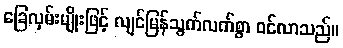
ခြေလှမ်းမျိုးဖြင့် လျင်မြန်သွက်လက်စွာ ဝင်လာသည်။